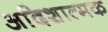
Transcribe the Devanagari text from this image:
अदिशात्मक